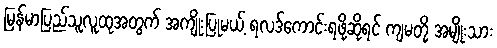
မြန်မာပြည်သူလူထုအတွက် အကျိုးပြုမယ့် ရလဒ်ကောင်းရဖို့ဆိုရင် ကျမတို့ အမျိုးသား